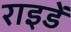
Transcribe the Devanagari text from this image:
राइडें